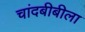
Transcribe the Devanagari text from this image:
चांदबीबीला